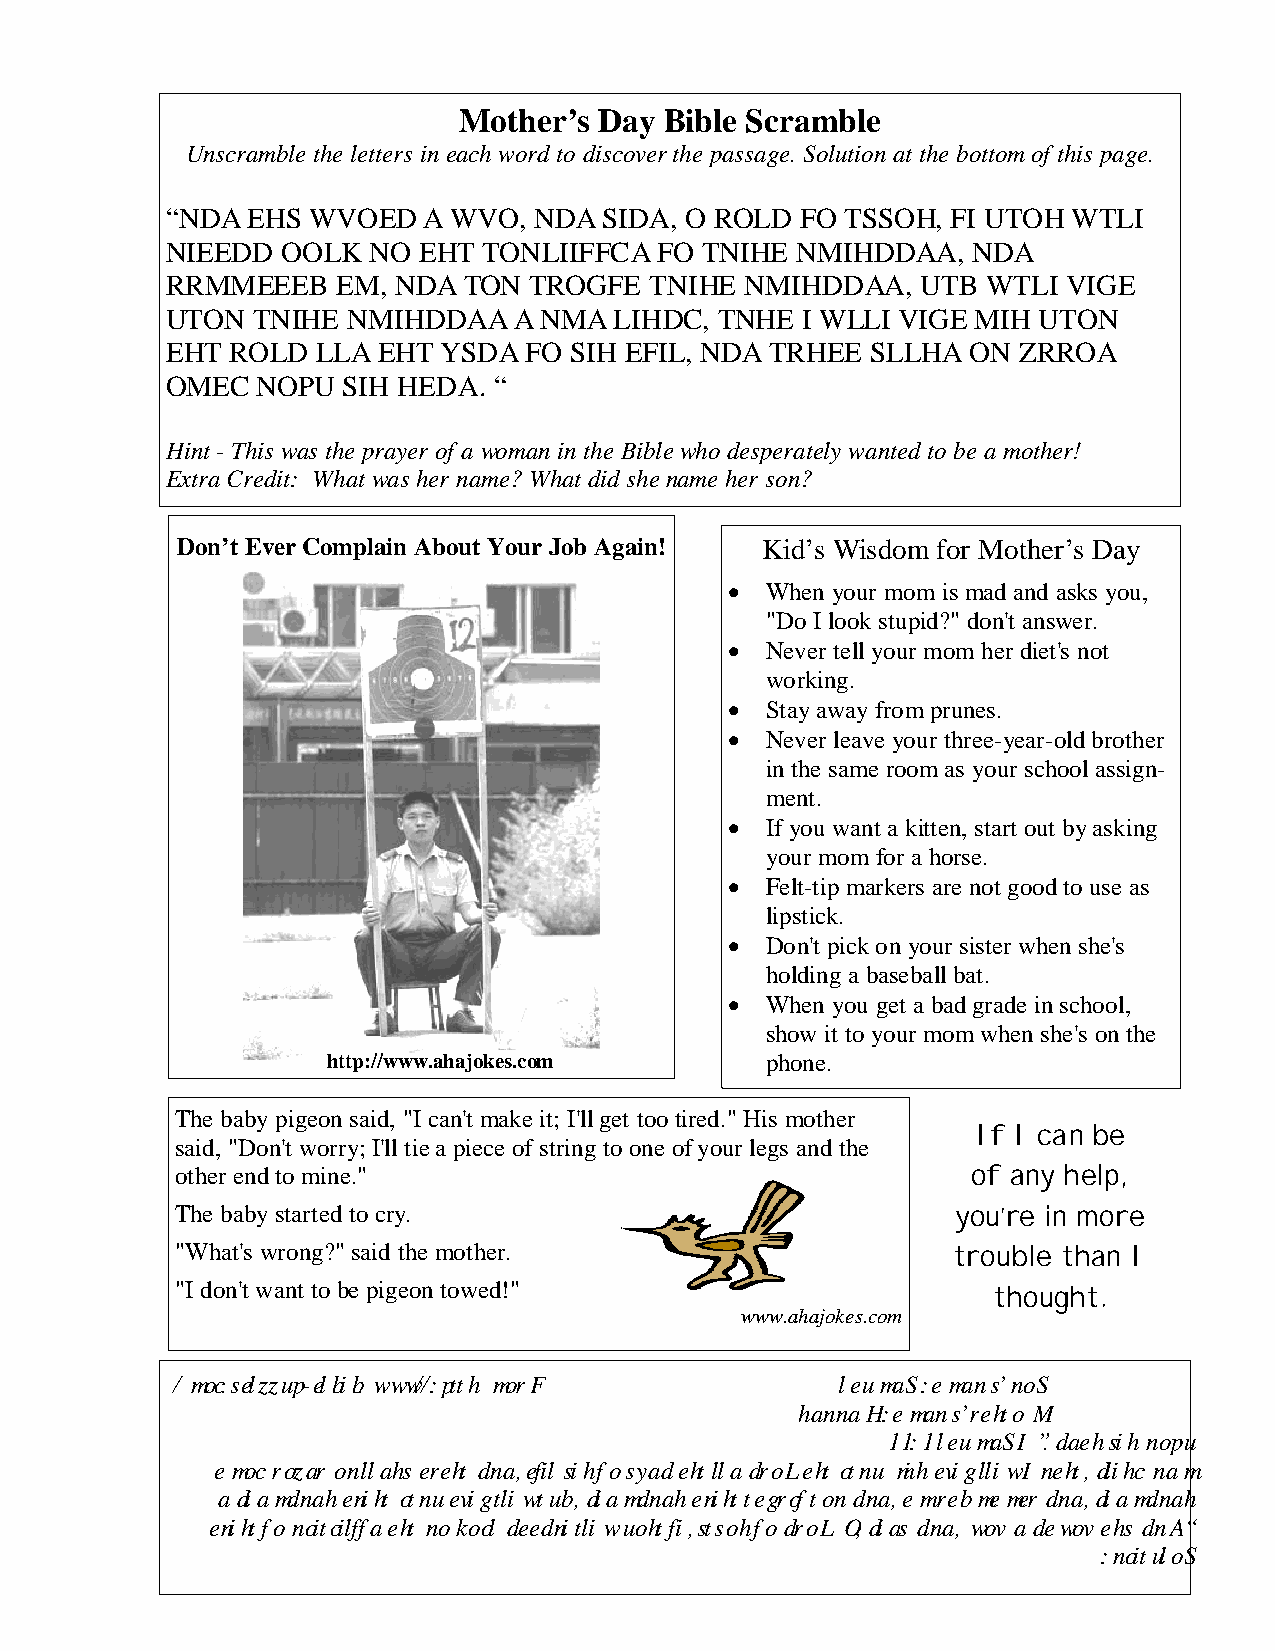
Mother’s  Day Bible Scramble
 Unscramble the letters in each word to discover the passage. Solution at the bottom of this page.
 “NDA EHS WVOED   A WVO, NDA  SIDA, O ROLD FO TSSOH, FI UTOH WTLI
 NIEEDD  OOLK NO  EHT TONLIIFFCA  FO TNIHE NMIHDDAA,  NDA
 RRMMEEEB   EM, NDA  TON TROGFE  TNIHE NMIHDDAA,   UTB WTLI  VIGE
 UTON  TNIHE NMIHDDAA   A NMA  LIHDC, TNHE I WLLI VIGE MIH UTON
 EHT ROLD  LLA EHT YSDA  FO SIH EFIL, NDA TRHEE SLLHA ON ZRROA
 OMEC  NOPU  SIH HEDA. “
 Hint - This was the prayer of a woman in the Bible who desperately wanted to be a mother!
 Extra Credit: What was her name? What did she name her son?
 Don’t Ever Complain About Your Job Again! Kid’s Wisdom for Mother’s Day
 •  When your mom is mad and asks you,
 "Do I look stupid?" don't answer.
 •  Never tell your mom her diet's not
 working.
 •  Stay away from prunes.
 •  Never leave your three-year-old brother
 in the same room as your school assign-
 ment.
 •  If you want a kitten, start out by asking
 your mom for a horse.
 •  Felt-tip markers are not good to use as
 lipstick.
 •  Don't pick on your sister when she's
 holding a baseball bat.
 •  When you get a bad grade in school,
 show it to your mom when she's on the
 http://www.ahajokes.com      phone.
 The baby pigeon said, "I can't make it; I'll get too tired." His mother
 If I can be
 said, "Don't worry; I'll tie a piece of string to one of your legs and the
 other end to mine."                                 of any help,
 The baby started to cry.                           you’re in more
 "What's wrong?" said the mother.                   trouble than I
 "I don't want to be pigeon towed!"                    thought.
 www.ahajokes.com
 / moc.selzzup-elbib. www//:ptth morF         leumaS :e man s’noS
 hannaH :e man s’rehto M
 11:1 leumaS I ”.daeh sih nopu
 e moc rozar on llahs ereht dna ,efil sih fo syad eht lla droL eht otnu mih evig lli w I neht ,dlihc nam
 a diamdnah eniht otnu evig tli w tub ,diamdnah eniht tegrof ton dna ,e m rebme mer dna ,diamdnah
 eniht fo noitcilffa eht no kool deedni tli w uoht fi ,stsoh fo droL O ,dias dna , wov a dewov ehs dnA“
 :noituloS